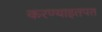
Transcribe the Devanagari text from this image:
करण्याइतपत